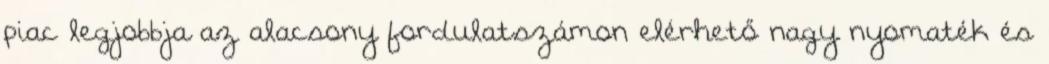
piac legjobbja az alacsony fordulatszámon elérhető nagy nyomaték és